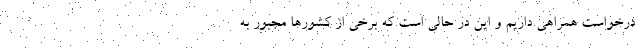
درخواست همراهی داریم و این در حالی است که برخی از کشورها مجبور به